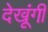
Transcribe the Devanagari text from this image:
देखूंगी